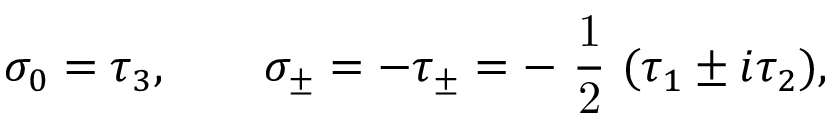
\sigma _ { 0 } = \tau _ { 3 } , \qquad \sigma _ { \pm } = - \tau _ { \pm } = - \mathrm { ~ \frac { 1 } { 2 } ~ } ( \tau _ { 1 } \pm i \tau _ { 2 } ) ,